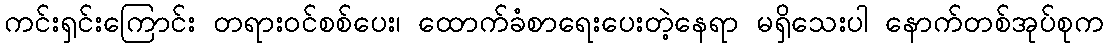
ကင်းရှင်းကြောင်း တရားဝင်စစ်ပေး၊ ထောက်ခံစာရေးပေးတဲ့နေရာ မရှိသေးပါ နောက်တစ်အုပ်စုက